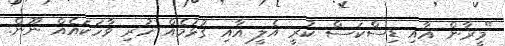
"މީރާން އާއި ޑިސްކަސް ކުރީ އެލީ އާއި ގުޅުމެއް ހުރި ވާހަކައެއް ނޫން.